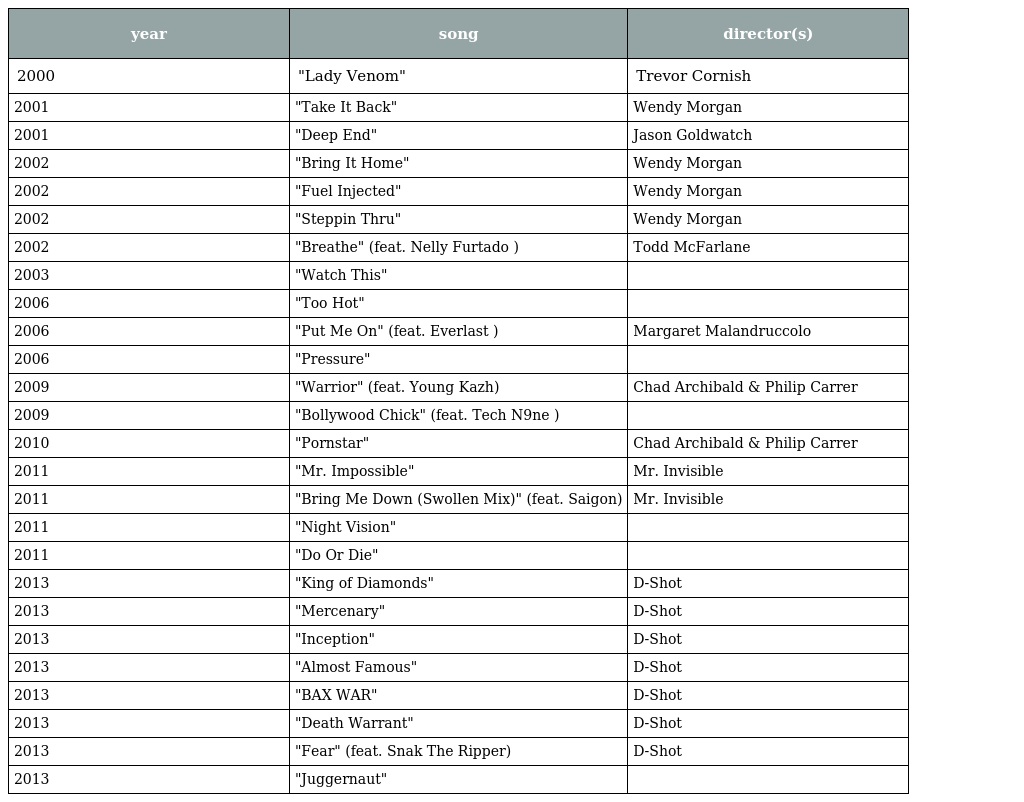
| year | song | director(s) |
 | --- | --- | --- |
 | 2000 | "Lady Venom" | Trevor Cornish |
 | 2001 | "Take It Back" | Wendy Morgan |
 | 2001 | "Deep End" | Jason Goldwatch |
 | 2002 | "Bring It Home" | Wendy Morgan |
 | 2002 | "Fuel Injected" | Wendy Morgan |
 | 2002 | "Steppin Thru" | Wendy Morgan |
 | 2002 | "Breathe" (feat. Nelly Furtado ) | Todd McFarlane |
 | 2003 | "Watch This" |  |
 | 2006 | "Too Hot" |  |
 | 2006 | "Put Me On" (feat. Everlast ) | Margaret Malandruccolo |
 | 2006 | "Pressure" |  |
 | 2009 | "Warrior" (feat. Young Kazh) | Chad Archibald & Philip Carrer |
 | 2009 | "Bollywood Chick" (feat. Tech N9ne ) |  |
 | 2010 | "Pornstar" | Chad Archibald & Philip Carrer |
 | 2011 | "Mr. Impossible" | Mr. Invisible |
 | 2011 | "Bring Me Down (Swollen Mix)" (feat. Saigon) | Mr. Invisible |
 | 2011 | "Night Vision" |  |
 | 2011 | "Do Or Die" |  |
 | 2013 | "King of Diamonds" | D-Shot |
 | 2013 | "Mercenary" | D-Shot |
 | 2013 | "Inception" | D-Shot |
 | 2013 | "Almost Famous" | D-Shot |
 | 2013 | "BAX WAR" | D-Shot |
 | 2013 | "Death Warrant" | D-Shot |
 | 2013 | "Fear" (feat. Snak The Ripper) | D-Shot |
 | 2013 | "Juggernaut" |  |